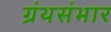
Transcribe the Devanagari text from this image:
ग्रंथसंभार